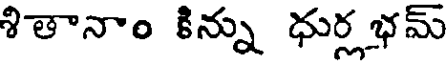
శితానాం కిన్ను ధుర్గ భమ్